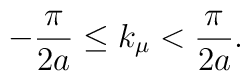
-\frac{\pi}{2a}\leq k_{\mu} < \frac{\pi}{2a}.